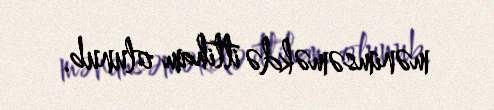
mənimsəməkdə ittiham olunub.